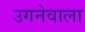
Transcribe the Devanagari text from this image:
उगनेवाला